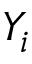
Y _ { i }